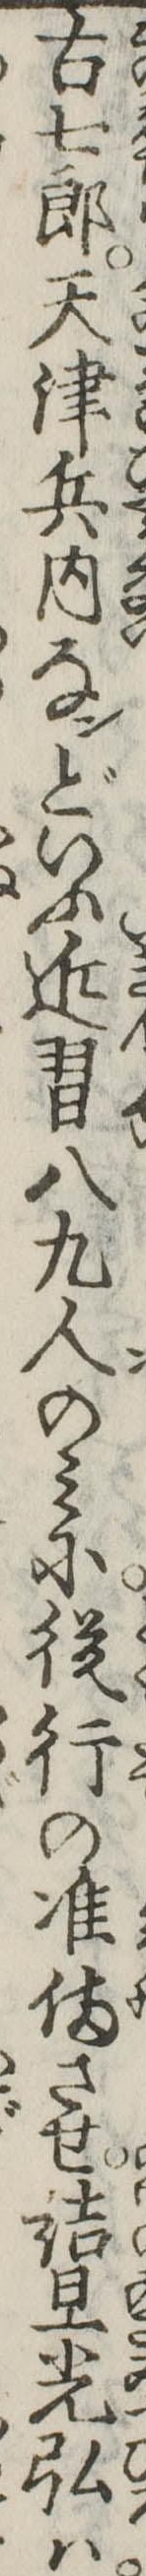
古七郎天津兵内なンどいふ近習八九人のみに従行の准備させ詰旦光弘は